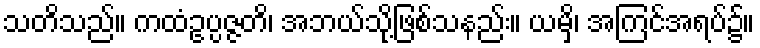
သတိသည်။ ကထံဥပ္ပဇ္ဇတိ၊ အဘယ်သို့ဖြစ်သနည်း။ ယမှိ၊ အကြင်အရပ်၌။